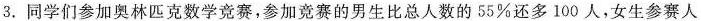
3.同学们参加奥林匹克数学竞赛，参加竞赛的男生比总人数的55\%还多100人，女生参赛人